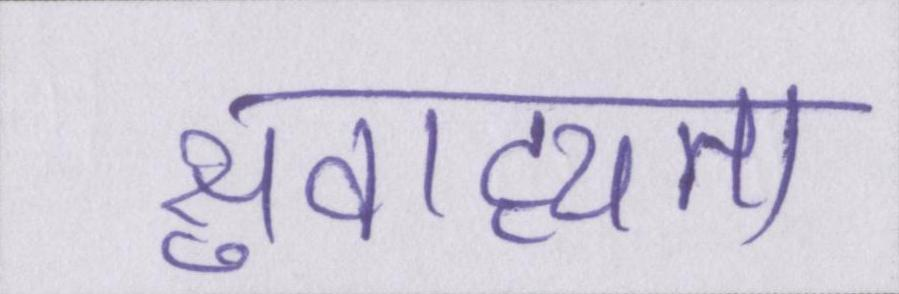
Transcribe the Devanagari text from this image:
सुवाह्यता